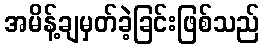
အမိန့်ချမှတ်ခဲ့ခြင်းဖြစ်သည်